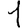
Digit: 1